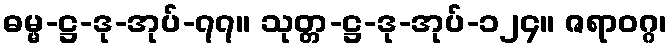
ဓမ္မ-ဋ္ဌ-ဒု-အုပ်-၇၇။ သုတ္တ-ဋ္ဌ-ဒု-အုပ်-၁၂၄။ ဇရာဝဂ္ဂ၊